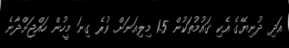
އަދި ދުނިޔޭގެ އެކި ގައުމުތަކުން 1.5 މިލިއަނަށް ވުރެ ގިނަ މީހުން ހައްޖަށްދާނެ